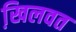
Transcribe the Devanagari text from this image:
खि़लवत